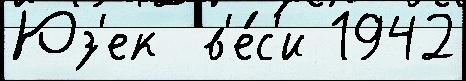
Юз'ек  в'е́с'и 1942